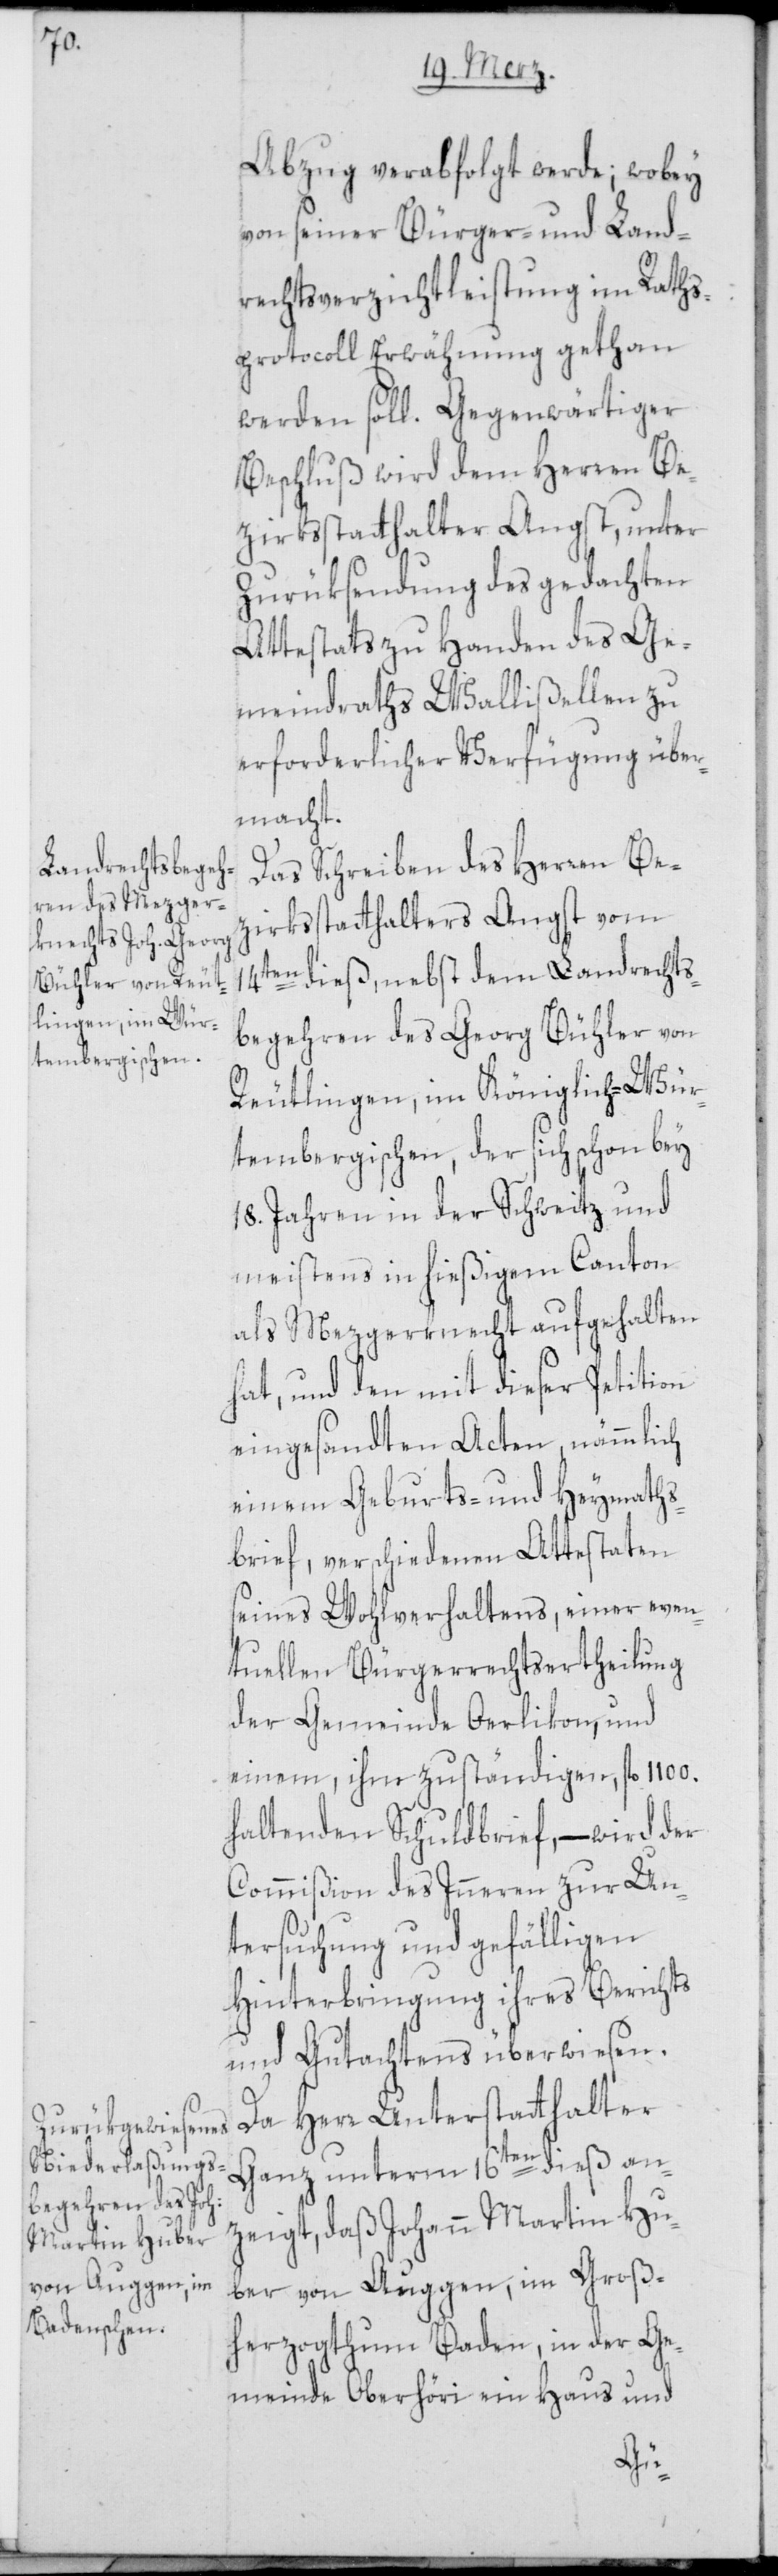
Abzug verabfolgt werde; wobey
von seiner Bürger- und Land¬
rechtsverzichtleistung im Raths¬
protocoll Erwähnung gethan
werden soll. Gegenwärtiger
Beschluß wird dem Herren Be¬
zirksstatthalter Angst, unter
Zurüksendung des gedachten
Attestats zu Handen des Ge¬
meindraths Wallißellen zu
erforderlicher Verfügung über¬
macht.
Das Schreiben des Herren Be¬
zirksstatthalters Angst vom
14ten dieß, nebst dem Landrechts¬
begehren des Georg Bühler von
Reutlingen, im Königlich-Wür¬
tembergischen, der sich schon bey
18. Jahren in der Schweitz und
meistens in hießigem Canton
als Mezgerknecht aufgehalten
hat, und den mit dieser Petition
eingesandten Acten, nämmlich
einem Geburts- und Heymaths¬
brief, verschiedenen Attestaten
seines Wohlverhaltens, einer even¬
tuellen Bürgerrechtsertheilung
der Gemeinde Oerlikon, und
einem, ihm zuständigen, fl. 1100.
haltenden Schuldbrief, – wird der
Commißion des Inneren zur Un¬
tersuchung und gefälligen
Hinterbringung ihres Berichts
und Gutachtens überwiesen.
Da Herr Unterstatthalter
Ganz unterm 16ten dieß an¬
zeigt, daß Johann Martin Hu¬
ber von Auggen, im Groß¬
herzogthum Baden, in der Ge¬
meinde Oberhöri ein Haus und